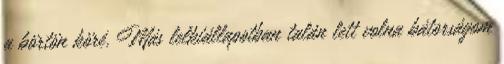
a börtön köré. Más lelkiállapotban talán lett volna bátorságom